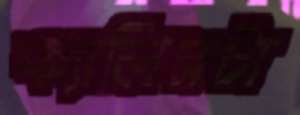
ক্যালিসটা